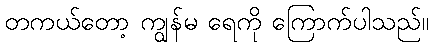
တကယ်တော့ ကျွန်မ ရေကို ကြောက်ပါသည်။